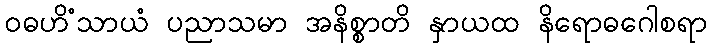
ဝဓဟိံသာယံ ပညာသမာ အနိစ္စာတိ နှာယထ နိရောဓဂေါစရာ